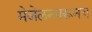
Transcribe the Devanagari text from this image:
मेजेलनवरूनच